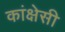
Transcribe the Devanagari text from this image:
कांक्षेसी